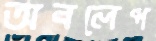
অবলেপ